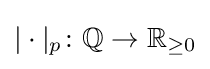
|\cdot |_{p}\colon \mathbb {Q} \to \mathbb {R} _{\geq 0}